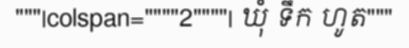
"""|colspan=""""2""""| ឃុំ ទឹក ហូត"""